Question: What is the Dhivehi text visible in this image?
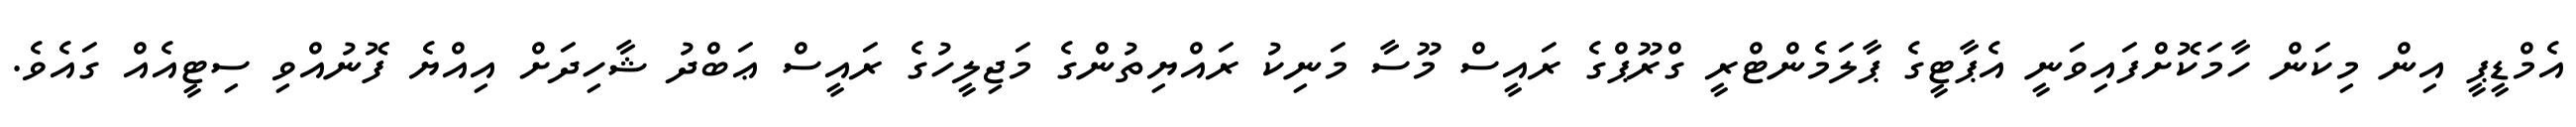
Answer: އެމްޑީޕީ އިން މިކަން ހާމަކޮށްފައިވަނީ އެޕާޓީގެ ޕާލަމެންޓްރީ ގްރޫޕްގެ ރައީސް މޫސާ މަނިކު ރައްޔިތުންގެ މަޖިލީހުގެ ރައީސް ޢަބްދު ޝާހިދަށް އިއްޔެ ފޮނުއްވި ސިޓީއެއް ގައެވެ.